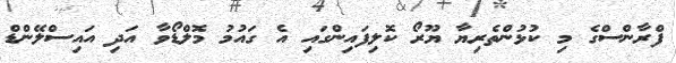
ފްރާންސްގެ މި ކުޅުންތެރިޔާ ޔޫރޯ ކޮލިފައިންގައި އެ ގައުމު މޮލްޑޯވާ އަދި އައިސްލޭންޑް